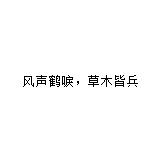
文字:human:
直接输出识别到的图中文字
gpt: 风声鹤唳，草木皆兵